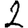
Digit: 2